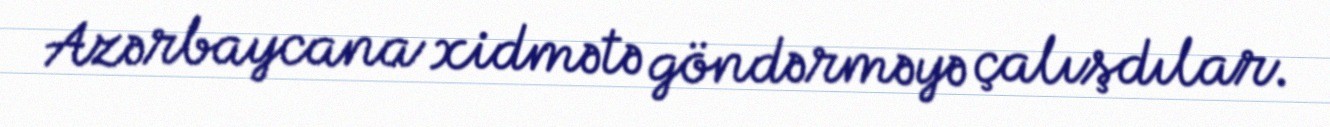
Azərbaycana xidmətə göndərməyə çalışdılar.